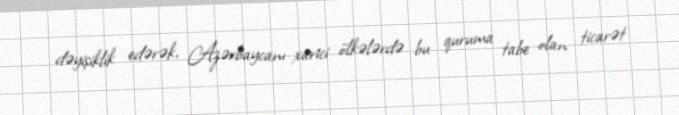
dəyişiklik edərək, Azərbaycanı xarici ölkələrdə bu quruma tabe olan ticarət